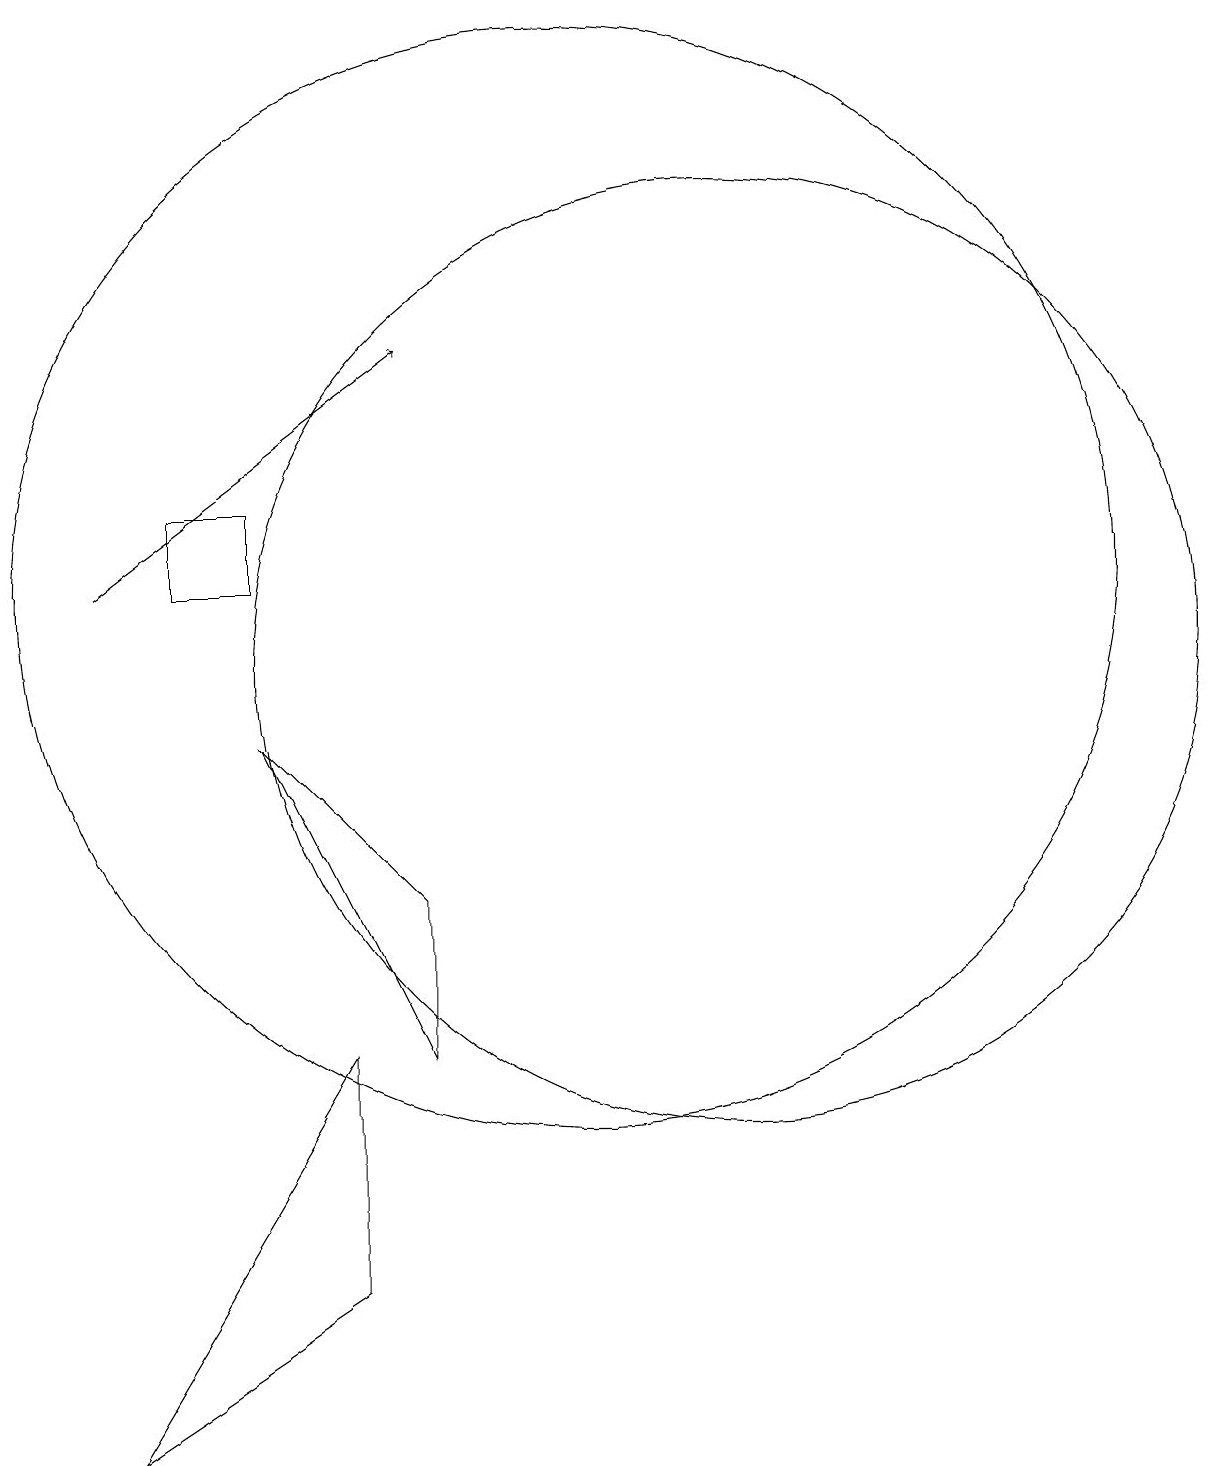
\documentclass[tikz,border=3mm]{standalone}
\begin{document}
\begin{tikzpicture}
\draw (12,10) circle (6);
\draw (10,11) circle (7);
\draw[->] (4,11) -- (8,14);
\draw (5,11) rectangle (6,12);
\draw[->] (3,17) -- (3,18);
\draw (6,9) -- (8,7) -- (8,5) -- cycle;
\draw (7,5) -- (7,2) -- (4,0) -- cycle;
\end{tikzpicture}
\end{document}